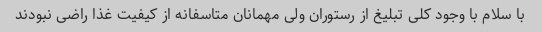
با سلام با وجود کلی تبلیغ از رستوران ولی مهمانان متاسفانه از کیفیت غذا راضی نبودند